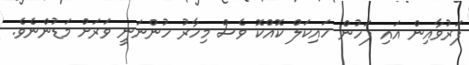
ފަރުވާއިން އައި ފަހުން ހައިކަލް ކޮއްކޮ ވެސް މިހާރު ހުންނަނީ ވަރަށް މަޑުންނެވެ.